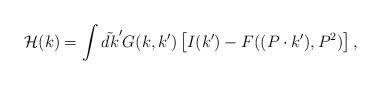
LaTeX: \begin{align*}{\cal H}(k) = \int\tilde{dk}^{\prime} G(k, k^{\prime})\left[ I(k^{\prime}) -F((P\cdot k^{\prime}), P^2)\right], \end{align*}